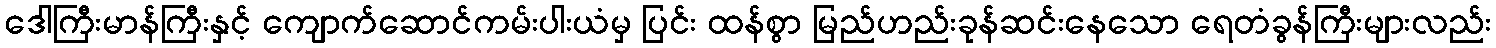
ဒေါကြီးမာန်ကြီးနှင့် ကျောက်ဆောင်ကမ်းပါးယံမှ ပြင်း ထန်စွာ မြည်ဟည်းခုန်ဆင်းနေသော ရေတံခွန်ကြီးများလည်း